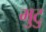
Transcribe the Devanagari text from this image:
मुटु